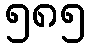
၅၈၅